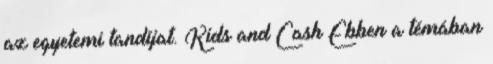
az egyetemi tandíjat. Kids and Cash Ebben a témában